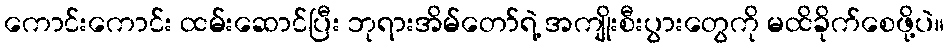
ကောင်းကောင်း ထမ်းဆောင်ပြီး ဘုရားအိမ်တော်ရဲ့ အကျိုးစီးပွားတွေကို မထိခိုက်စေဖို့ပဲ။